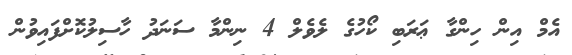
އެމް އިން ހިންގާ ޢަރަބި ކޯހުގެ ލެވެލް 4 ނިންމާ ސަނަދު ހާސިލުކޮށްފައިވުން